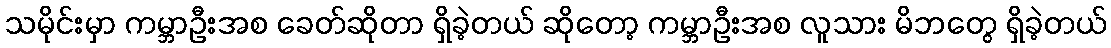
သမိုင်းမှာ ကမ္ဘာဦးအစ ခေတ်ဆိုတာ ရှိခဲ့တယ် ဆိုတော့ ကမ္ဘာဦးအစ လူသား မိဘတွေ ရှိခဲ့တယ်